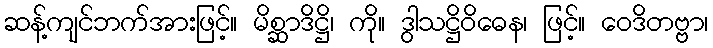
ဆန့်ကျင်ဘက်အားဖြင့်။ မိစ္ဆာဒိဋ္ဌိ၊ ကို။ ဒွါသဋ္ဌိဝိဓေန၊ ဖြင့်။ ဝေဒိတဗ္ဗာ၊